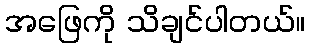
အဖြေကို သိချင်ပါတယ်။